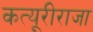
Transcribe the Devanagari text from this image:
कत्यूरीराजा